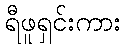
ရီဖူရှင်းကား